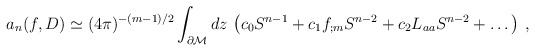
\begin{align*}a_n(f,D)\simeq (4\pi )^{-(m-1)/2}\int_{\partial {\cal M}}dz\, \left(c_0 S^{n-1}+c_1f_{;m}S^{n-2}+ c_2L_{aa}S^{n-2}+\dots \right)\,,\end{align*}